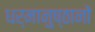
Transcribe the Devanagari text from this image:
धर्मानुष्ठानों